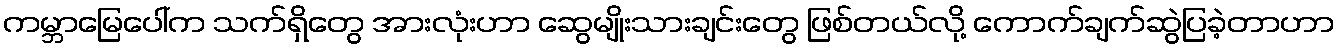
ကမ္ဘာမြေပေါ်က သက်ရှိတွေ အားလုံးဟာ ဆွေမျိုးသားချင်းတွေ ဖြစ်တယ်လို့ ကောက်ချက်ဆွဲပြခဲ့တာဟာ